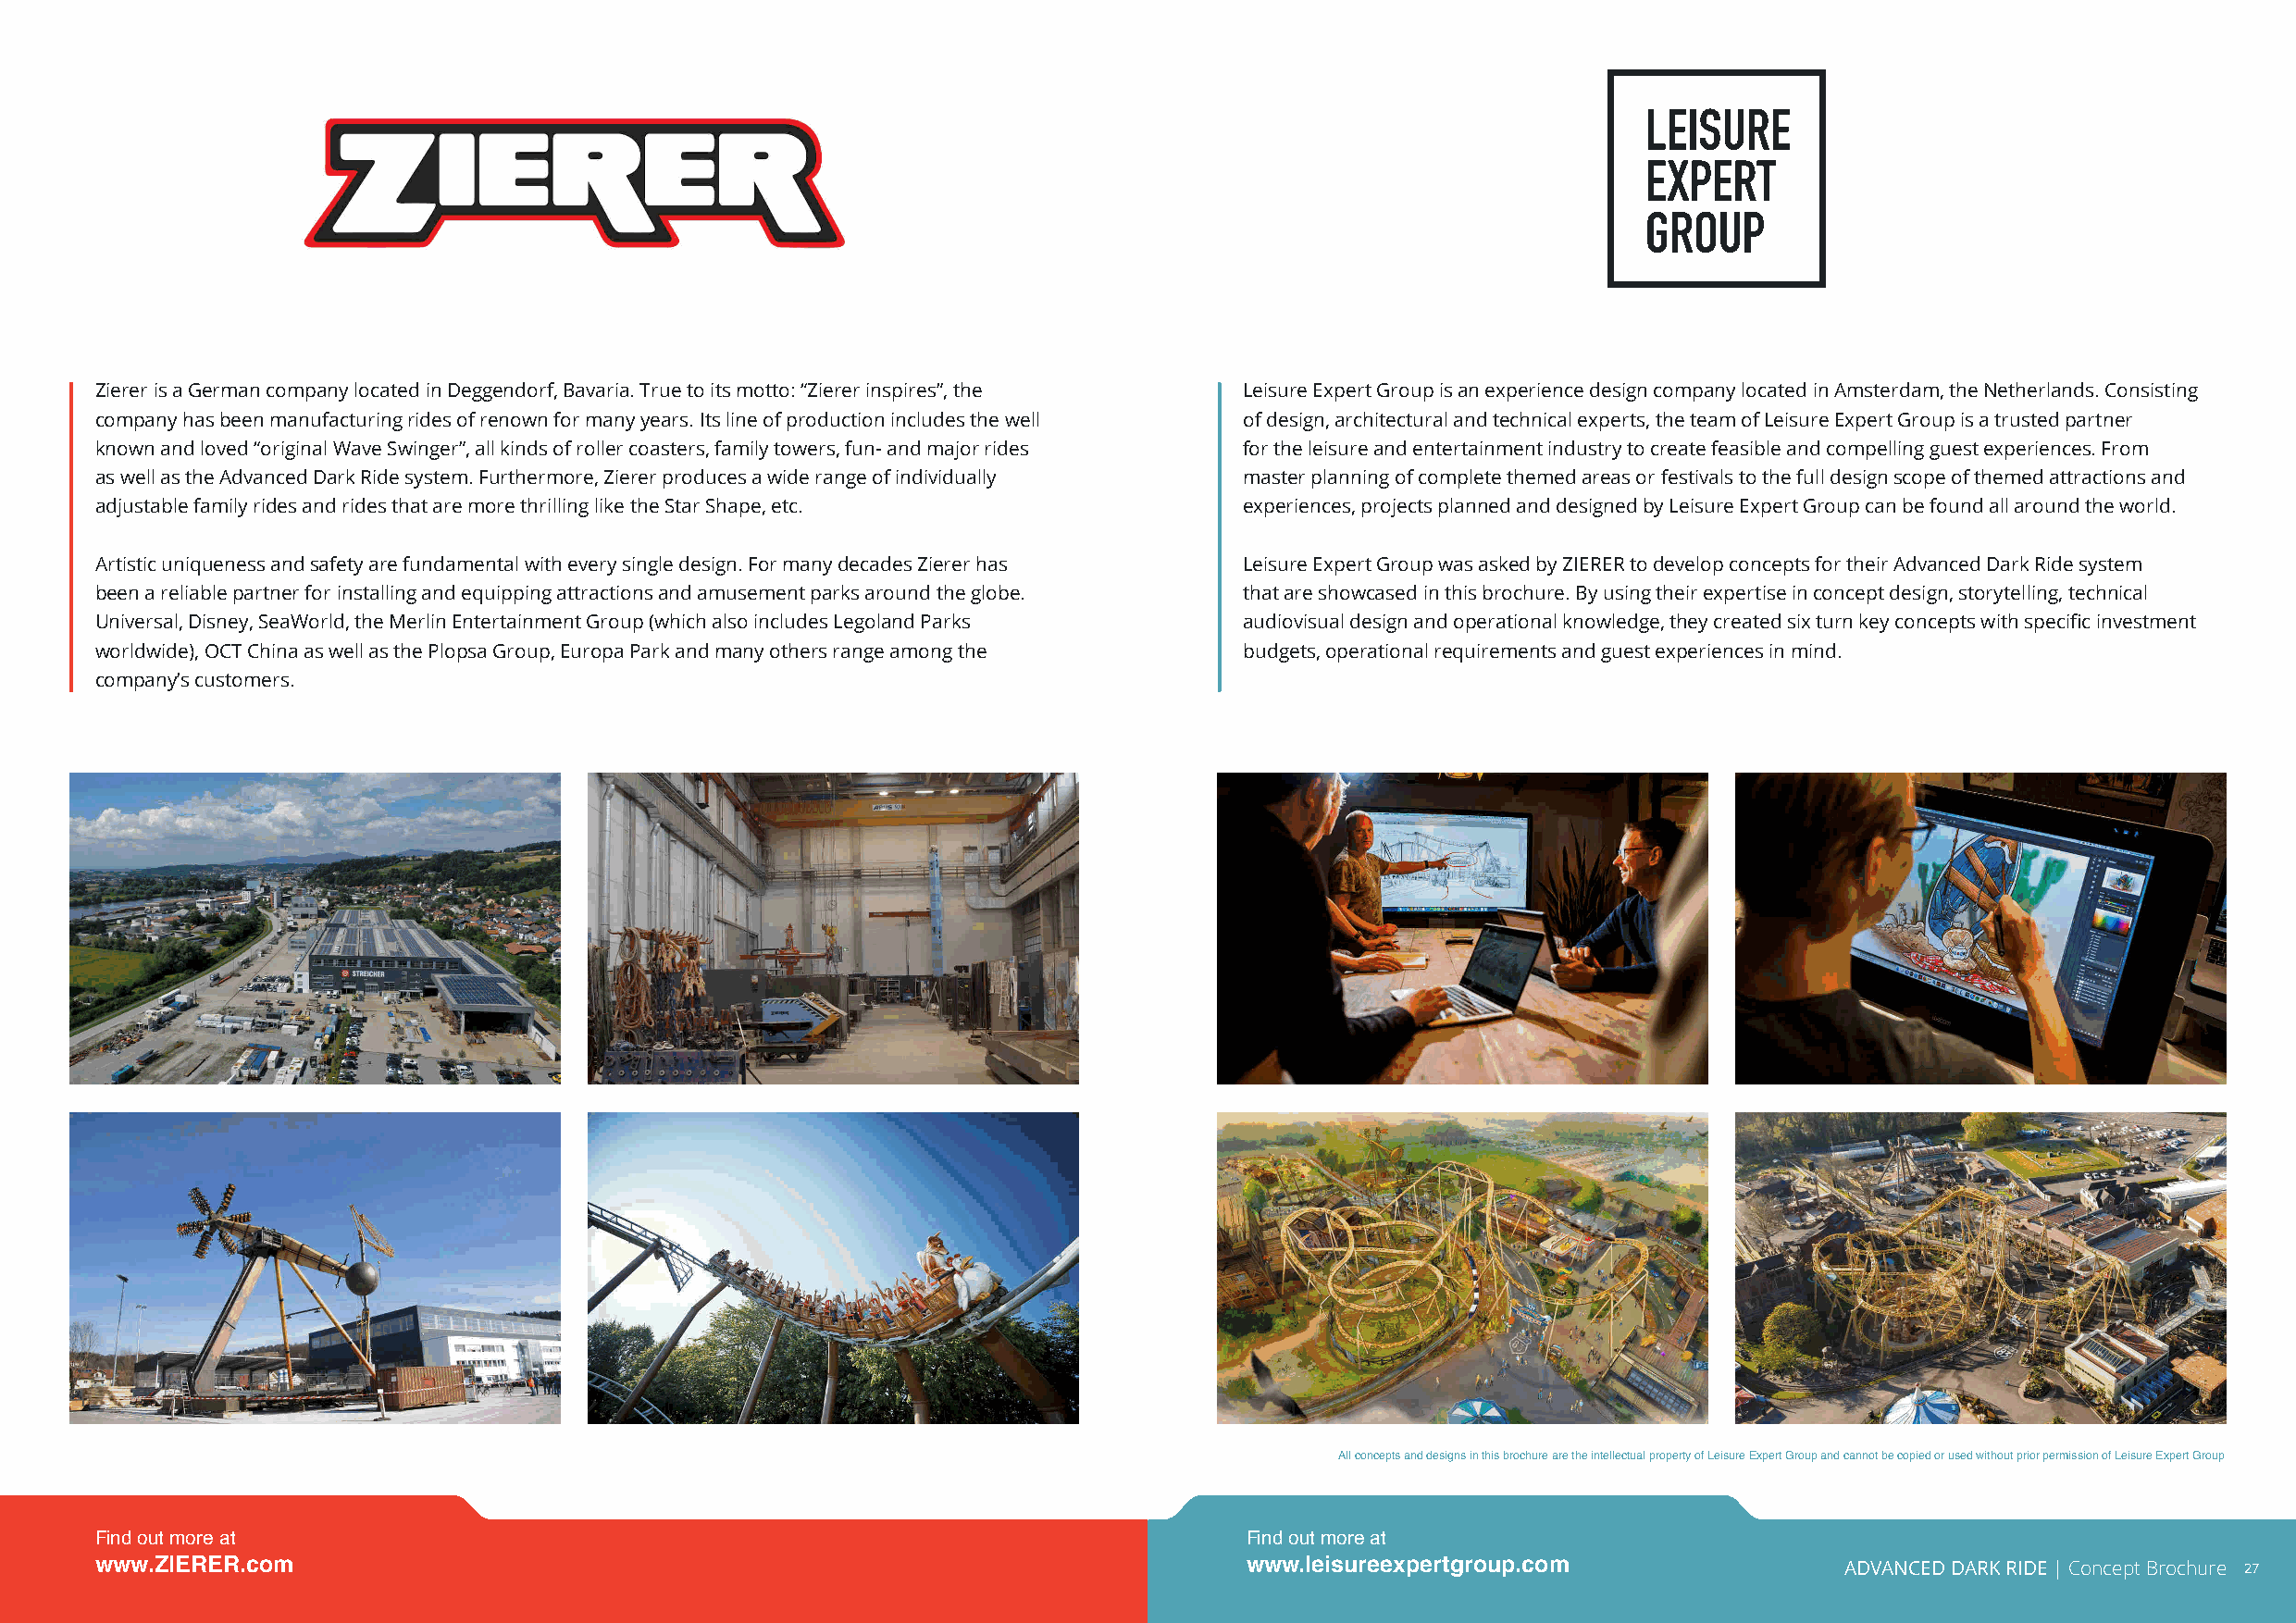
Zierer is a German company located in Deggendorf, Bavaria. True to its motto: “Zierer inspires”, the Leisure Expert Group is an experience design company located in Amsterdam, the Netherlands. Consisting
 company has been manufacturing rides of renown for many years. Its line of production includes the well of design, architectural and technical experts, the team of Leisure Expert Group is a trusted partner
 known and loved “original Wave Swinger”, all kinds of roller coasters, family towers, fun- and major rides for the leisure and entertainment industry to create feasible and compelling guest experiences. From
 as well as the Advanced Dark Ride system. Furthermore, Zierer produces a wide range of individually master planning of complete themed areas or festivals to the full design scope of themed attractions and
 adjustable family rides and rides that are more thrilling like the Star Shape, etc. experiences, projects planned and designed by Leisure Expert Group can be found all around the world.
 Artistic uniqueness and safety are fundamental with every single design. For many decades Zierer has Leisure Expert Group was asked by ZIERER to develop concepts for their Advanced Dark Ride system
 been a reliable partner for installing and equipping attractions and amusement parks around the globe. that are showcased in this brochure. By using their expertise in concept design, storytelling, technical
 Universal, Disney, SeaWorld, the Merlin Entertainment Group (which also includes Legoland Parks audiovisual design and operational knowledge, they created six turn key concepts with specific investment
 worldwide), OCT China as well as the Plopsa Group, Europa Park and many others range among the budgets, operational requirements and guest experiences in mind.
 company’s customers.
 All concepts and designs in this brochure are the intellectual property of Leisure Expert Group and cannot be copied or used without prior permission of Leisure Expert Group
 Find out more at                                                                  Find out more at
 www.ZIERER.com                                                                    www.leisureexpertgroup.com                 ADVANCED DARK RIDE | Concept Brochure 27